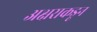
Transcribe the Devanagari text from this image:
अक्षराकडून